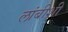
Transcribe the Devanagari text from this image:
लांबीशी